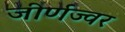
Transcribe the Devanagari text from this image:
जीर्णज्वर